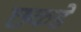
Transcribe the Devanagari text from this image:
छकडे